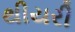
થીયરી